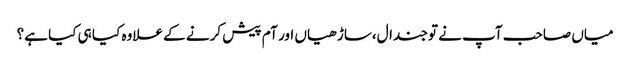
میاں صاحب آپ نے تو جندال،ساڑ ھیاں اور آم پیش کرنے کے علاوہ کیا ہی کیا ہے؟